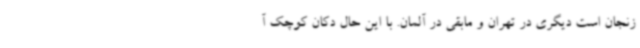
زنجان است دیگری در تهران و مابقی در آلمان. با این حال دکان کوچک آ